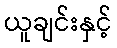
ယူချင်းနှင့်